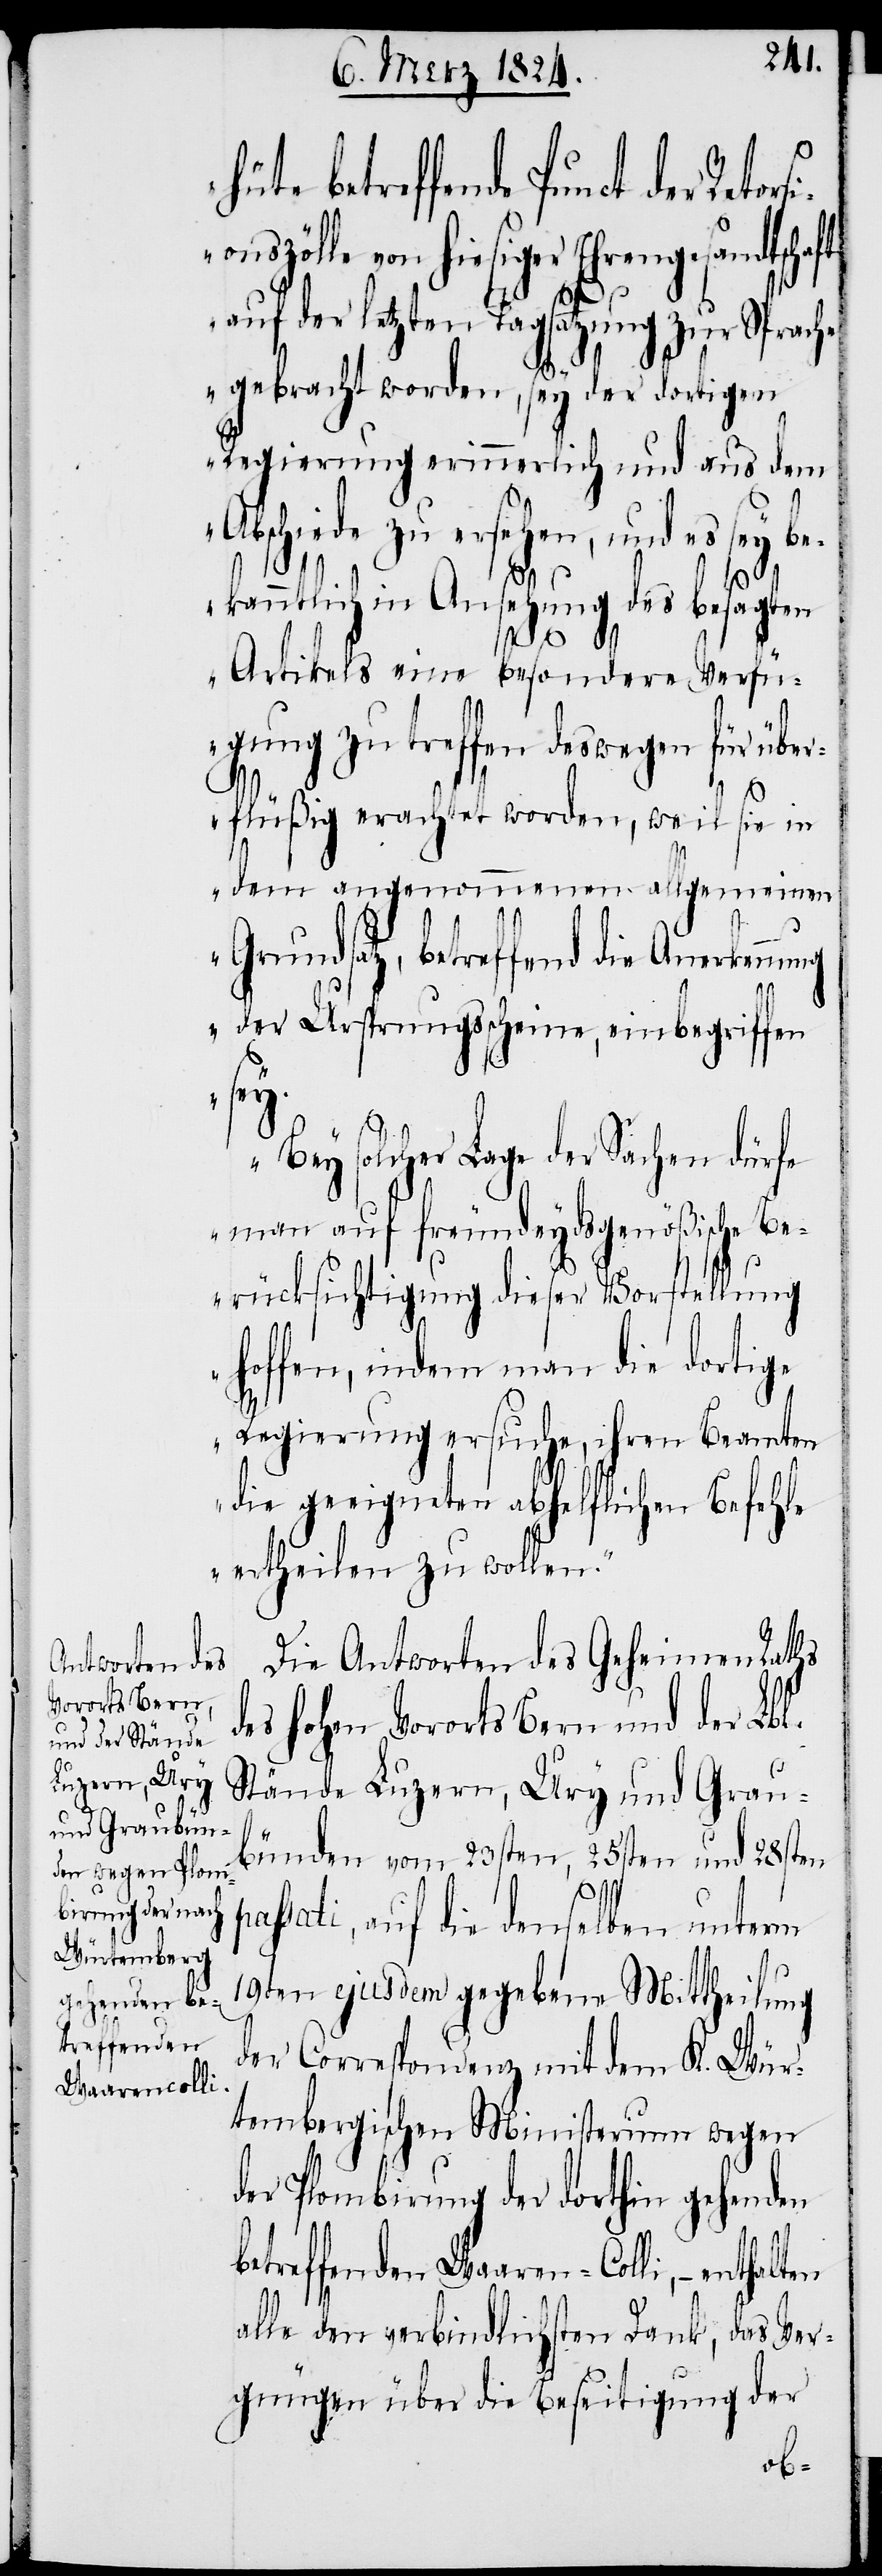
betreffende Punct der Retor¬
sionszölle von hiesiger Ehrengesandtschaft
p¬
auf der letzten Tagsatzung zur Sprache
gebracht worden, sey der dortigen
Regierung erinnerlich und aus dem
schiede zu ersehen, und es
bekanntlich in Ansehung des besagten
Artikels eine besondere Verfü¬
gung zu treffen deswegen für über¬
flüßig erachtet worden, weil sie in
dem angenommenen allgemeinen
Grundsatz, betreffend die Anerken¬
der Ursprungsscheine, einbegriffen
sey.
Bey solcher Lage der Sachen dürfe
man auf freundeydsgenößische Be¬
rücksichtigung dieser Vorstellung
hoffen, indem man die dortige
Regierung ersuche, ihren Beamten
die geeigneten abhelflichen Befehle
ertheilen zu wollen.“
Die Antworten des Geheimen Raths
des hohen Vororts Bern und der Lbl.
Stände Luzern, Ury und Grau¬
bünden vom 23sten, 25sten und 28sten
assati, auf die denselben unterm
19ten ejusdem gegebene Mittheilung
der Correspondenz mit dem K. Wür¬
tembergischen Ministerium wegen
der Plombirung der dorthin gehenden
betreffenden Waaren-Colli, – enthalten
alle den verbindlichsten Dank, das Ver¬
gnügen über die Beseitigung der
Ab¬